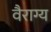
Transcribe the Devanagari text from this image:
वैराग्‍य